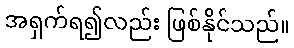
အရှက်ရ၍လည်း ဖြစ်နိုင်သည်။